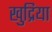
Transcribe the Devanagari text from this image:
खुद्रिया